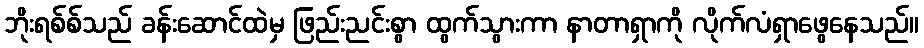
ဘိုးရစ်စ်သည် ခန်းဆောင်ထဲမှ ဖြည်းညင်းစွာ ထွက်သွားကာ နာတာရှာကို လိုက်လံရှာဖွေနေသည်။